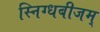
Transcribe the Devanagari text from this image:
स्निग्धबीजम्